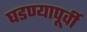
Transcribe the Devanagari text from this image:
घडण्यापूर्वी